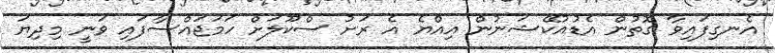
އެނގިފައިވާ ގޮތުން އެޑުއުކޭޝަނުން އިއްޔެ އެ ރަށު ސްކޫލަށް ހަމަޖައްސާފައި ވަނީ މިދިޔަ